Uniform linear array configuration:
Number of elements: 12
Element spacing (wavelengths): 1
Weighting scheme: kaiser
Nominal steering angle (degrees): -45
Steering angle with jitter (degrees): -46.38
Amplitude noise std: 0.05
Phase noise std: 0.05

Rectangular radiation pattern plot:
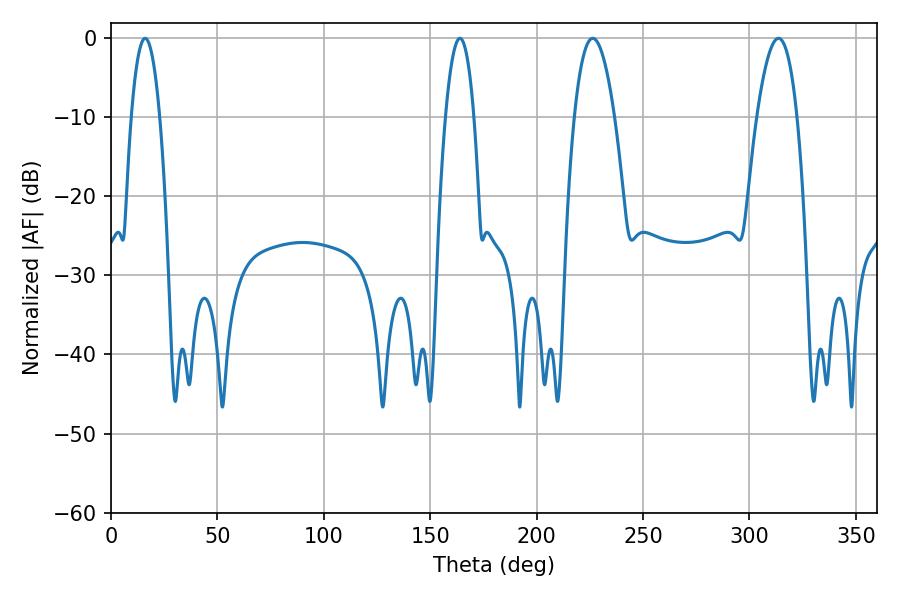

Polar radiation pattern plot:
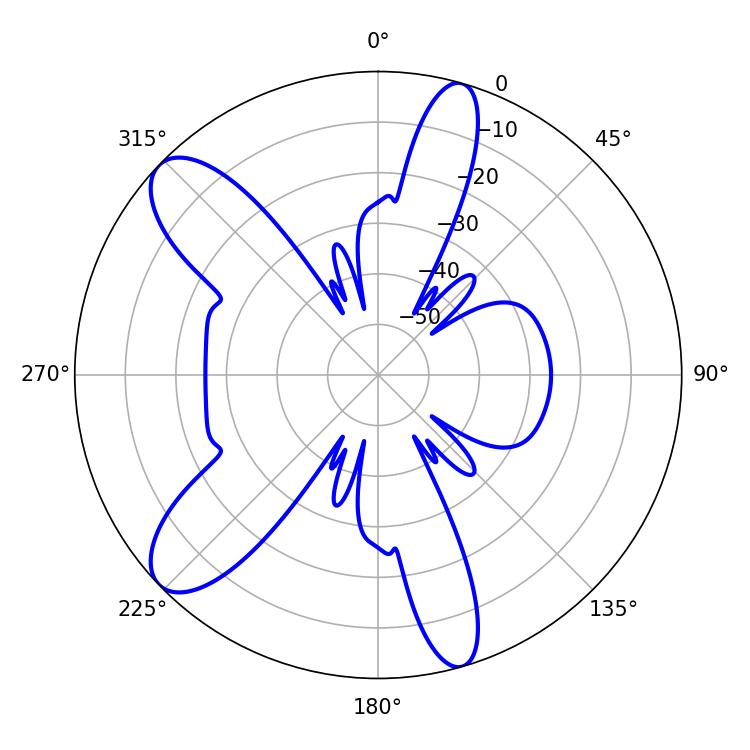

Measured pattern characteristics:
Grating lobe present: TRUE
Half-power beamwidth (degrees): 7.38
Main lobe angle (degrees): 16.02